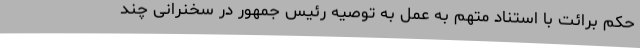
حکم برائت با استناد متهم به عمل به توصیه رئیس جمهور در سخنرانی چند